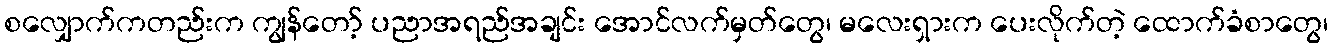
စလျှောက်ကတည်းက ကျွန်တော့် ပညာအရည်အချင်း အောင်လက်မှတ်တွေ၊ မလေးရှားက ပေးလိုက်တဲ့ ထောက်ခံစာတွေ၊